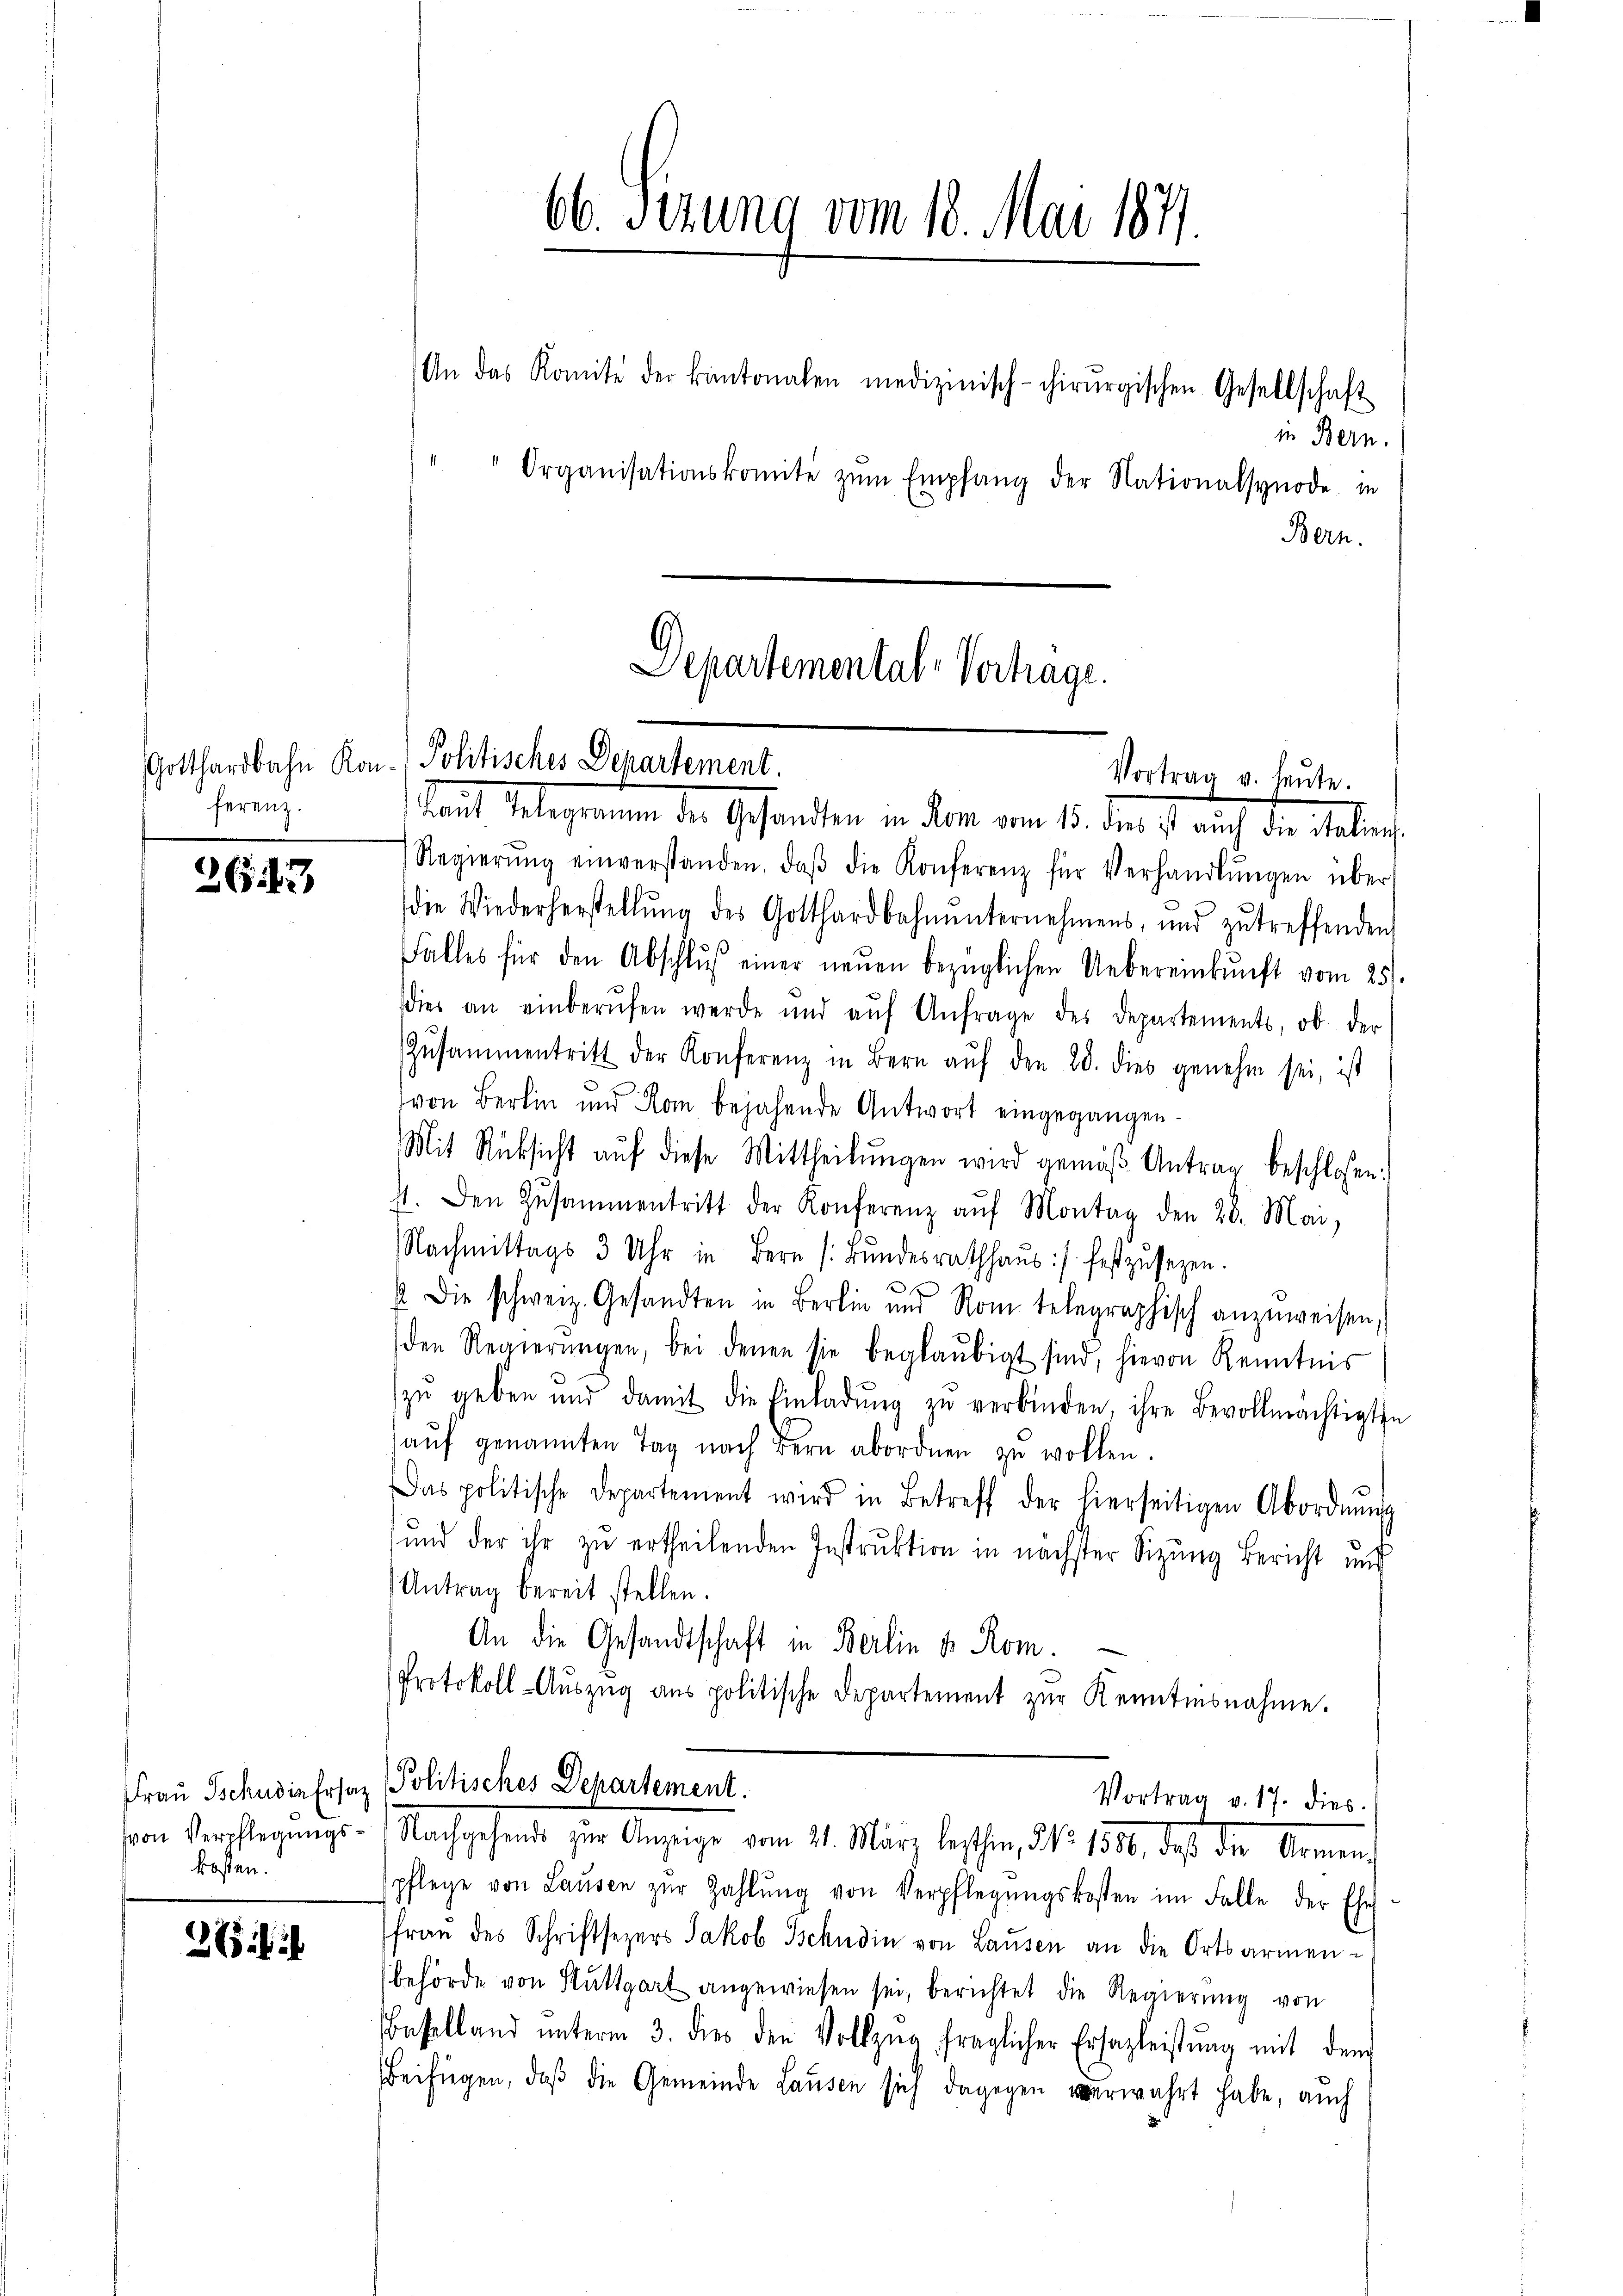
ferenz.

2617,

kosten.

2ili

66. Sizung vom 18. Mai 1871.

An das Komite der kantonalen medizinisch-chirurgischen Gesellschaft
in Bern.
Organisationskomite zŭm Empfang der Nationalsynode in
Bern.

Departemental-Vertrage.
Gotthardbahn Kon- Politisches Departement.
Vortrag v. heute.

tait Gelegrammen der Gesandten in dem vom 15. den ist auch die Malen
Regierŭng einverstanden, daβ die Konferenz für Verhandlŭngen über
die Wiederherstellŭng des Gotthardbahnŭnternehmens, und zŭ treffenden
Falles für den Abschlŭβ einer neŭen bezüglichen Uebereinkunft vom 251.
dies an einberŭfen werde und aŭf Anfrage des Departements, ob der
Zŭsammentritt der Konferenz in Bern aŭf den 28. dies genehm sei, ist
von Berlin und Rom bejahende Antwort eingegangen.
Mit Rücksicht auf diese Mittheilungen wird gemäß Antrag beschlossen:
st. Den Zusammentritt der Konferenz aŭf Montag den 20. Mai,
Nachmittags 3 Uhr in Bern Bŭndesrathhaŭs :/ festzŭsezen.
h
. Die schweiz. Gesandten in Berlin und Rom telegraphisch anzŭweisen,
den Regierŭngen, bei denen sie beglaŭbigt sind, hievon Kenntnis
zŭ geben ŭnd damit die Einladŭng zŭ verbinden, ihre Bevollmächtigten
aŭf genannten Tag nach Bern abordnen zŭ wollen.
Das politische Departement wird in Betreff der hierseitigen Abordnŭng
und der ihr zu ertheilenden Instruktion in nächster Sitzung Bericht und
Antrag bereit stellen.
An die Gesandtschaft in Berlin u. Rom.
Protokoll-Auszug aus politische Departement zur Kenntnisnahme.
Frau Tschusiafosaz Politisches Departement.
Vortrag v. 17. dies
von Verpflegungs- Nachgehende zur Anzeige vom 21. März lassen, No. 1819, daß die Armen
pflege von Laŭsen zŭr Zahlŭng von Verpflegŭngskosten im Falle der Ehe
frau des Schriftsezers Jakob Tschudin von Lausen an die Ortsarmenbehörde von Stuttgart angewiesen sei, berichtet die Regierŭng von
Baselland ŭnterm 3. dies den Vollzug fraglicher Ersazleistŭng mit dem
Beifügen, daß die Gemeinde Lausen sich dagegen verwahrt habe, auch